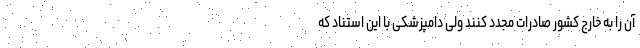
آن را به خارج کشور صادرات مجدد کنند ولی دامپزشکی با این استناد که